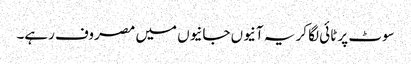
سوٹ پر ٹائی لگا کر یہ آنیوں جانیوں میں مصروف رہے۔